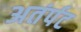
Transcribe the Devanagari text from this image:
अतंर्पट